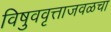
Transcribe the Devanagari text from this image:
विषुववृत्ताजवळचा